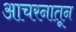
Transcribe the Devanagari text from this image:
आचरनातून